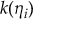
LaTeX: k ( \eta _ { i } )